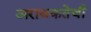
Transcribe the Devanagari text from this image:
अराजकतेची